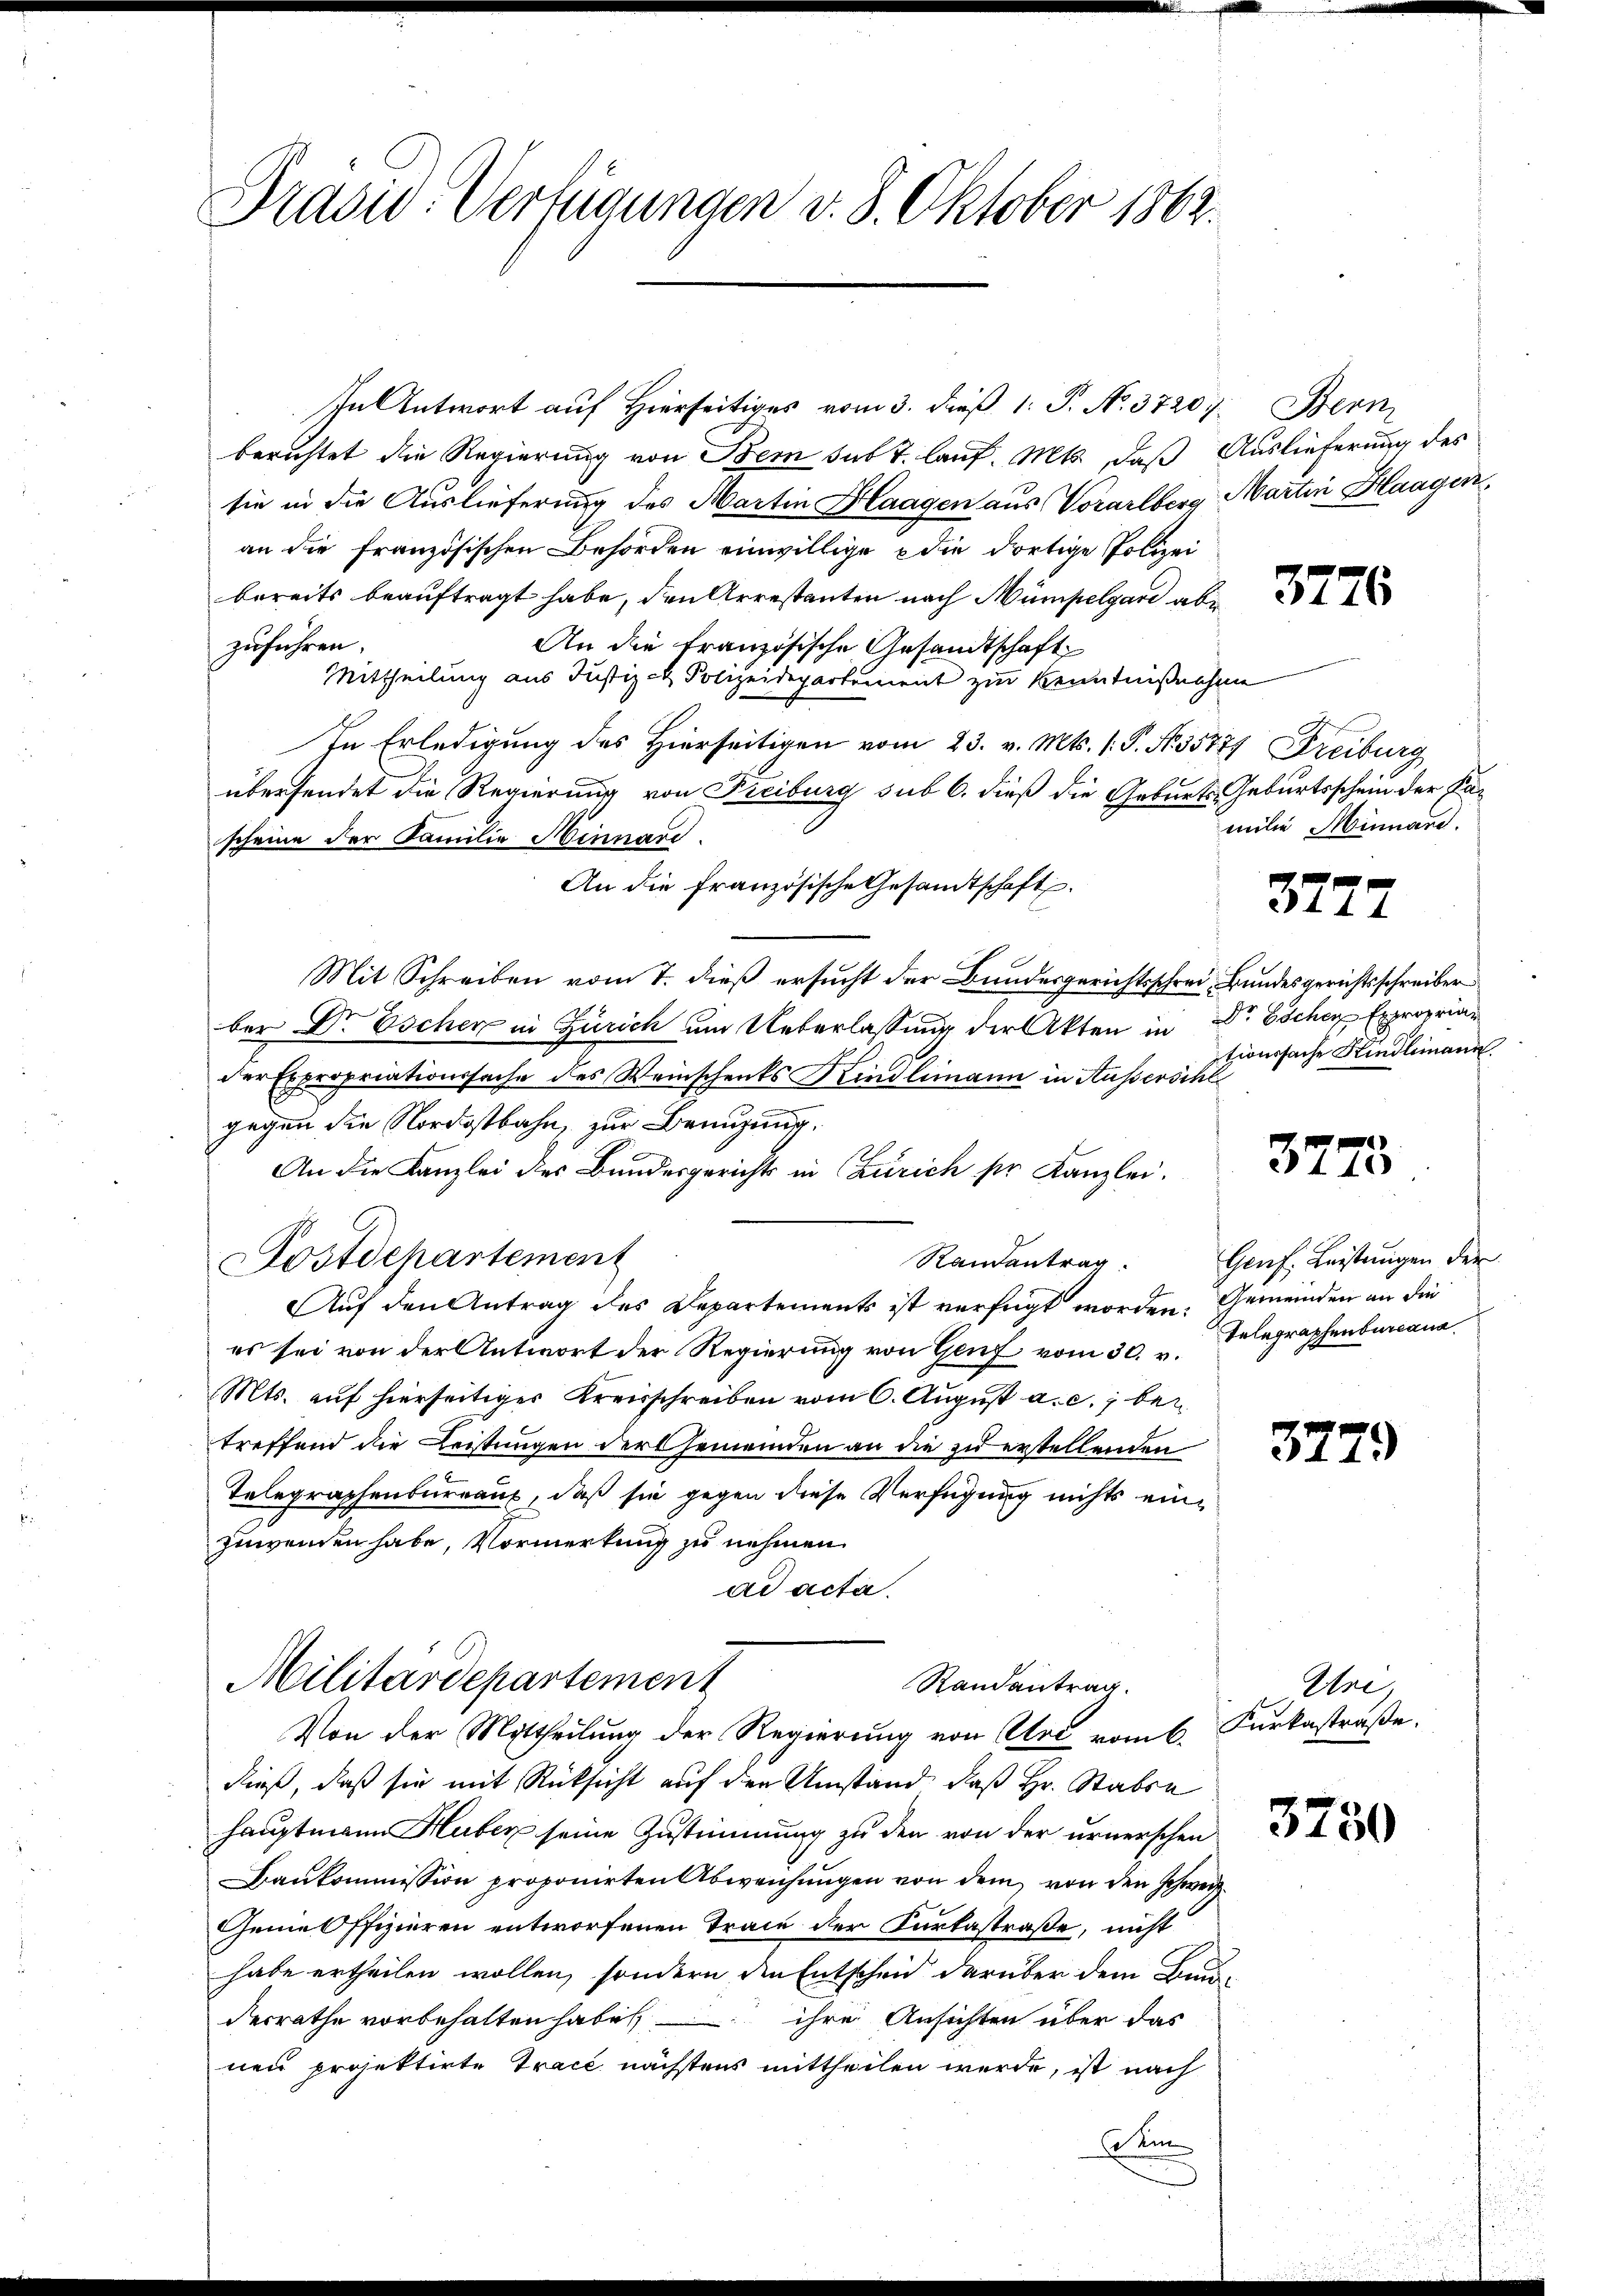
Präsid. Verfügungen v. 8. Oktober 1862.

In Antwort auf Hierseitiges vom 3. dieß 1. P. N. 37207. Bern
berichtet die Regierung von Bem sub t. lauf. Mts., daß Auslieferung des
sie in die Auslieferung des Martin Flaagen aus Vorarlberg Martin Haagen,
an die französischen Behörden einwillige die dortige Polizei
bereits beauftragt habe, den Arrestanten nach Mümpelgare abzuführen.
An die Französische Gesandtschaft
Mittheilung aus Justiz- & Polizeidepartement zur Kenntnißenhe
In Erledigung des Hierseitigen vom 23. v. Mts. 1. P. Nr. 35777 Freiburg
übersendet die Regierung von Freiburg sub 6. dieß die Geburts- Geburtsschein der Pa-
scheine der Familie Minnard.
An die französische Gesandtschaft.
Mit Schreiben vom 7. dieß ersucht der Bundesgerichtsschrei Bundesgerichtsschreiber
ber Dr Escher in Zürich um Ueberlassung der Akten in Dr Eschen Exproprian
der Expropriationssache des Weinschenks Kindlimann in Ausserschl
gegen die Nordostbahn, zur Branzung.
An die Kanzlei des Bundesgerichts in Zürich ser Kanzlei.
Postdepartement
Randantrag.
Auf den Antrag des Departements ist verfügt worden. Gemeinden an die
es sei von der Antwort der Regierung von Genf vom 30. v. Telegraphenburgna
Mts. auf hierseitiger Kreisschreiben vom 6. August a. c., bei
treffend die Leistungen der Gemeinden an die zu erstellenden
Telegraphenbureaus, daß sie gegen diese Verfügung nichts einzuwenden habe, Vormerkung zu nehmen.
ad acta.

Militärdepartement
Randantrag.
Von der Mittheilung der Regierung von Art vom 6. Kurkastraße.

dieß, daß sie mit Rücksicht auf den Umstand, daß Hr. Staben
hauptmann Huber seine Zustimmung zu den von der urnerschen
Baukommission proponirten Abweichungen von dem von den schweiz
Genie Offizieren entworfenen Trace der Kurtastraße, nicht
habe ertheilen wollen, sondern die Entscheid darüber dem Bun-
derrathe vorbehalten habe, – ihre Ansichten über das
nen projektirte Trace nächstens mittheilen werde, ist nach
Kin

3776

milie Minnare.

3777

tionssache Kindlimann.

3773

Genf. Leistungen der

Une

3750